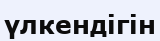
үлкендігін